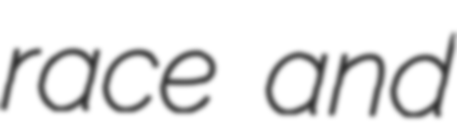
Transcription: race and